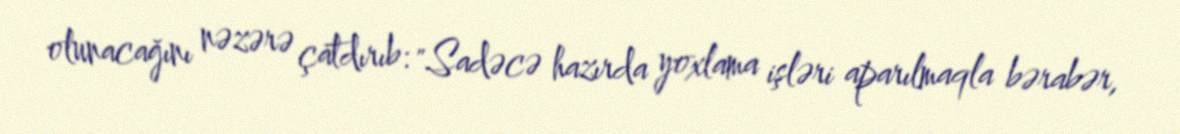
olunacağını nəzərə çatdırıb: "Sadəcə hazırda yoxlama işləri aparılmaqla bərabər,